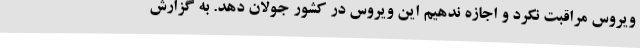
ویروس مراقبت نکرد و اجازه ندهیم این ویروس در کشور جولان دهد. به گزارش